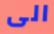
الى